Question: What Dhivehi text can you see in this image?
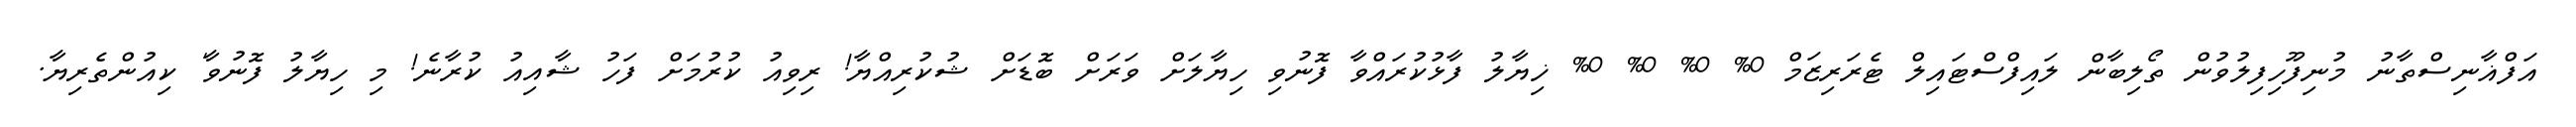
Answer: އަފްޣާނިސްތާނު މުނިފޫހިފިލުވުން ތޯލިބާން ލައިފްސްޓައިލް ޓެރަރިޒަމް 0% 0% 0% 0% ޚިޔާލު ފާޅުކުރައްވާ ފޮނުވި ހިޔާލަށް ވަރަށް ބޮޑަށް ޝުކުރިއްޔާ! ރިވިއު ކުރުމަށް ފަހު ޝާއިއު ކުރާނެ! މި ހިޔާލު ފޮނުވާ' ކިއުންތެރިޔާ.